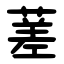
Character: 蒫